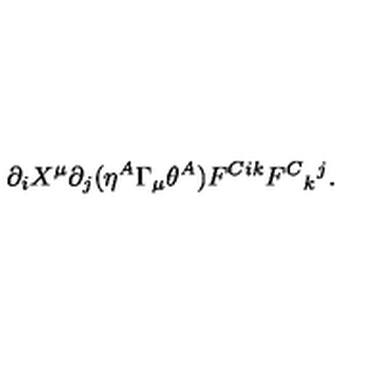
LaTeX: \partial _ { i } X ^ { \mu } \partial _ { j } ( \eta ^ { A } \Gamma _ { \mu } \theta ^ { A } ) F ^ { C i k } F ^ { C } { } _ { k } { } ^ { j } .